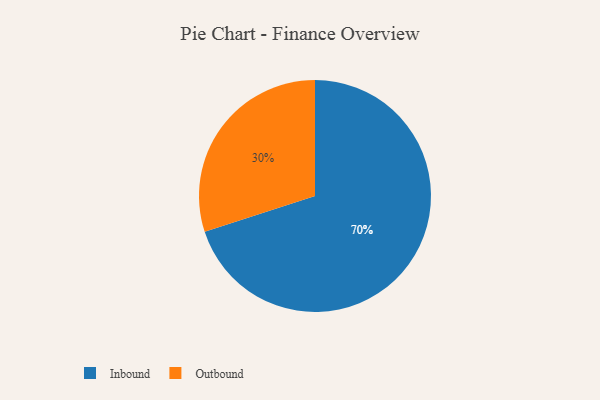
{"axis": {"x": "Category", "y": "Percentage"}, "legend": ["Inbound", "Outbound"], "data": [{"x": "Inbound", "y": 70, "type": "Inbound"}, {"x": "Outbound", "y": 30, "type": "Outbound"}]}